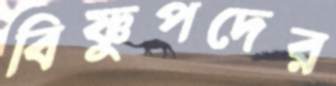
বিষ্ণুপদের